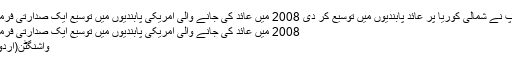
امریکی صدر ڈونلڈ ٹرمپ نے شمالی کوریا پر عائد پابندیوں میں توسیع کر دی 2008 میں عائد کی جانے والی امریکی پابندیوں میں توسیع ایک صدارتی فرمان کے ذریعے کی گئی
2008 میں عائد کی جانے والی امریکی پابندیوں میں توسیع ایک صدارتی فرمان کے ذریعے کی گئی
واشنگٹن(اُردو پوائنٹ اخبارتازہ ترین۔